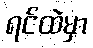
ရင်ထဲမှာ